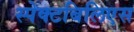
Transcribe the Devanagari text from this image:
स्पेक्टबिलिएस